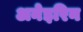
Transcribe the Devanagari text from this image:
अनेइरिन